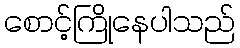
စောင့်ကြိုနေပါသည်